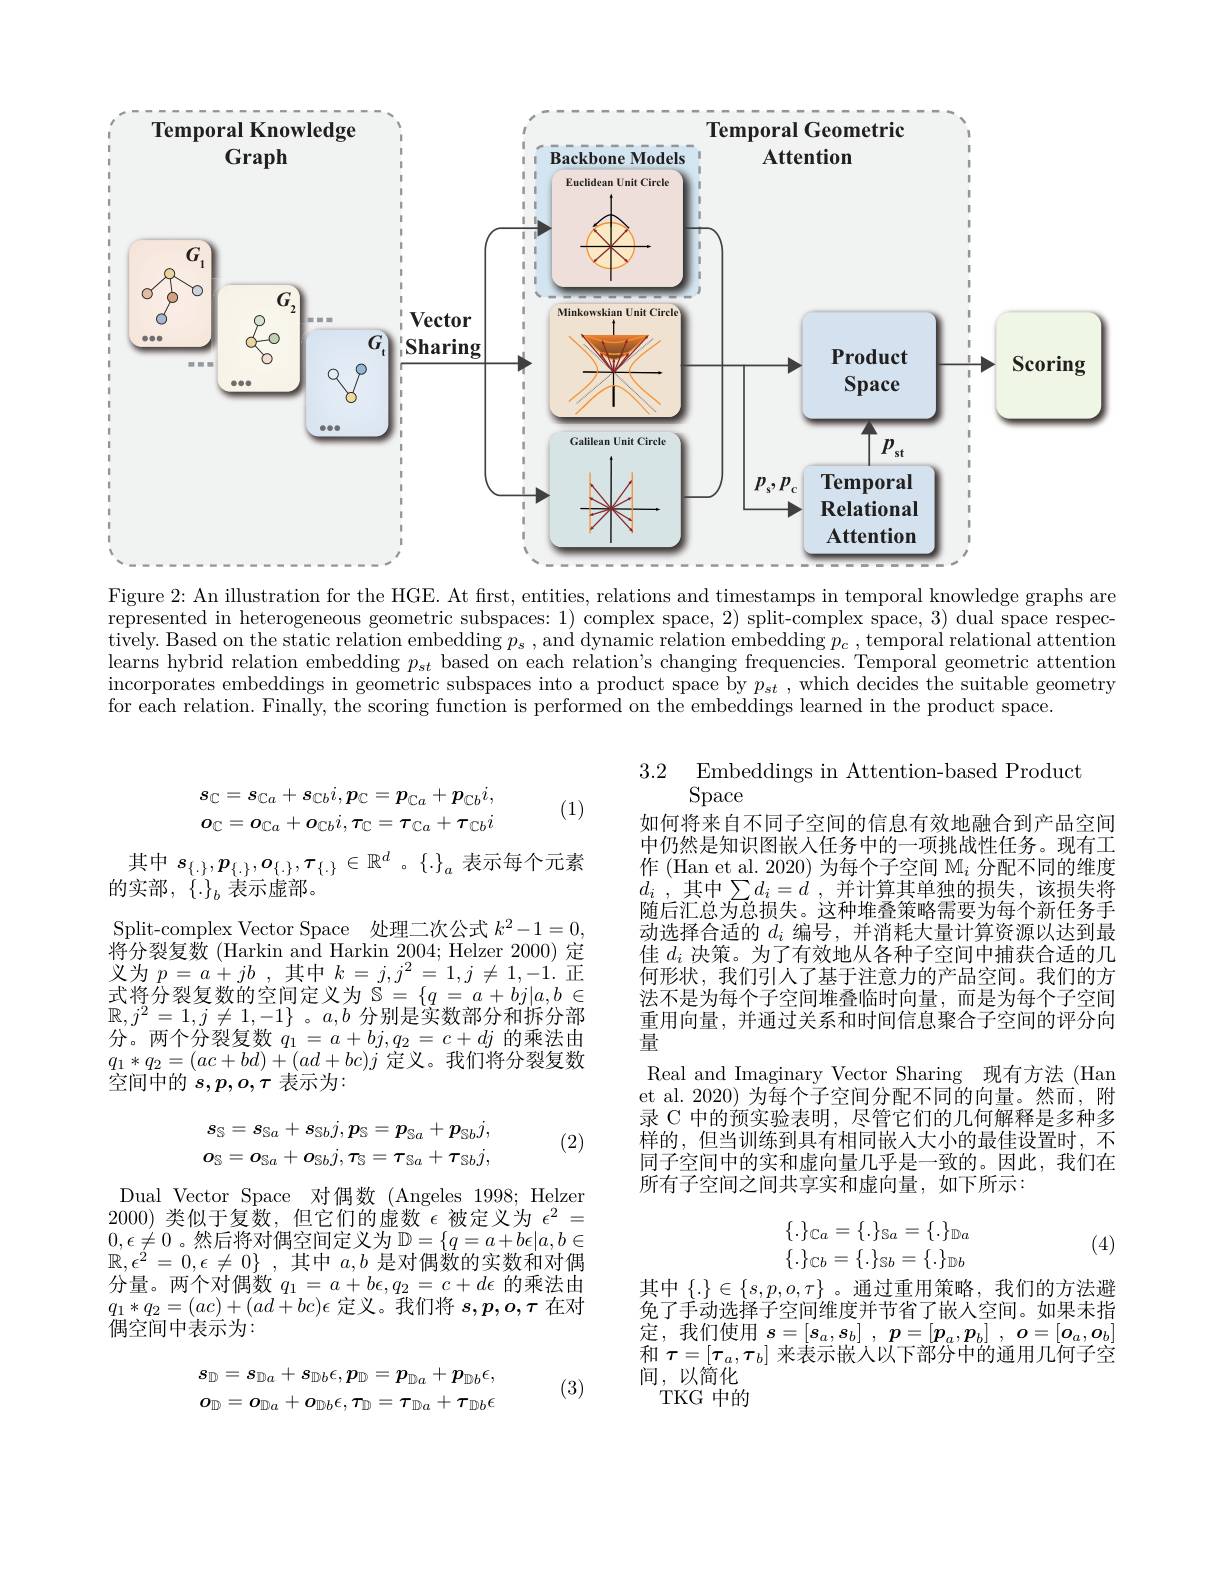
<FigureHere>

Figure 2: An illustration for the HGE. At first, entities, relations and timestamps in temporal knowledge graphs are

represented in heterogeneous geometric subspaces: 1) complex space, 2) split-complex space, 3) dual space respec- $\bar{\text{tively. Based on the static relation embedding }p_s}$,and dynamic relation embedding $p_c$, temporal relational attention learns hybrid relation embedding $p_{st}$ based on each relation's changing frequencies. Temporal geometric attention $\begin{aligned}\text{incorporates embeddings in geometric subspaces into a product space by }p_{st},\mathrm{~which~decides~the~suitable~geometry}\\\text{incorporates embeddings in geometric subspaces into a product space by }p_{st},\mathrm{~which~decides}\mathrm{~the~suitable~geometry}\end{aligned}$ $\bar{\text{for each relation. Finally, the scoring function is performed on the embeddings learned in the product space}}.$
$$s_{\mathbb{C}}=s_{\mathbb{C}a}+s_{\mathbb{C}b}i,p_{\mathbb{C}}=p_{\mathbb{C}a}+p_{\mathbb{C}b}i,\\\boldsymbol{o}_{\mathbb{C}}=\boldsymbol{o}_{\mathbb{C}a}+\boldsymbol{o}_{\mathbb{C}b}i,\boldsymbol{\tau}_{\mathbb{C}}=\boldsymbol{\tau}_{\mathbb{C}a}+\boldsymbol{\tau}_{\mathbb{C}b}i$$
(1)

其中$s_{\{\cdot\}},p_{\{\cdot\}},o_{\{\cdot\}},\tau_{\{\cdot\}}\in\mathbb{R}^d$ 。$\{\cdot\}_a$表示每个元素
的实部，$\{ \cdot \} _b$ 表示虚部。
Split-complex Vector Space 处理二次公式$k^2-1=0$, 将分裂复数 (Harkin and Harkin 2004; Helzer 2000) 定义为$p=a+jb$ ,其中$k=j,j^2=1,j\neq1,-1.$正式将分裂复数的空间定义为$\tilde{\mathbb{S}}=\{q=a+bj|a,b\in$ $\mathbb{R},j^2=1,j\neq1,-1\}~。a,b~$分别是实数部分和拆分部分。两个分裂复数$q_1=a+bj,q_2=c+dj$的乘法由$\begin{array}{l}q_{1}*q_{2}=(ac+bd)+(ad+bc)j\text{ 定义。我们将分裂复数}\\\text{空间中的 }s,p,o,\tau\text{ 表示为：}\end{array}$

$\begin{array}{lll}{3.2}&{\mathrm{Embeddings~in~Attention-based~Product}}\\{\mathrm{Space}}\end{array}$
如何将来自不同子空间的信息有效地融合到产品空间中仍然是知识图嵌人任务中的一项挑战性任务。现有工作 (Han et al. 2020) 为每个子空间$\mathbb{M}_i$分配不同的维度$d_{i}$ , 其中$\sum d_i= d$ , 并计算其单独的损失，该损失将随后汇总为总损失。这种堆叠策略需要为每个新任务手动选择合适的$d_i$编号，并消耗大量计算资源以达到最佳$d_i$决策。为了有效地从各种子空间中捕获合适的几何形状，我们引人了基于注意力的产品空间。我们的方法不是为每个子空间堆叠临时向量，而是为每个子空间重用向量，并通过关系和时间信息聚合子空间的评分向量
Real and Imaginary Vector Sharing 现有方法 (Han et al. 2020) 为每个子空间分配不同的向量。然而，附录 C 中的预实验表明，尽管它们的几何解释是多种多样的，但当训练到具有相同嵌人大小的最佳设置时，不同子空间中的实和虚向量几乎是一致的。因此，我们在所有子空间之间共享实和虚向量，如下所示：

(2)
$$s_{\mathbb{S}}=s_{\mathbb{S}a}+s_{\mathbb{S}b}j,p_{\mathbb{S}}=p_{\mathbb{S}a}+p_{\mathbb{S}b}j,\\o_{\mathbb{S}}=o_{\mathbb{S}a}+o_{\mathbb{S}b}j,\tau_{\mathbb{S}}=\tau_{\mathbb{S}a}+\tau_{\mathbb{S}b}j,$$
$$\begin{array}{c}\{.\}_{\mathbb{C}a}=\{.\}_{\mathbb{S}a}=\{.\}_{\mathbb{D}a}\\\{.\}_{\mathbb{C}b}=\{.\}_{\mathbb{S}b}=\{.\}_{\mathbb{D}b}\end{array}$$
(4)

Dual Vector Space 对偶数 (Angeles 1998; Helzer 2000)类似于复数，但它们的虚数$\epsilon$被定义为$\epsilon^2=$ $0,\epsilon\neq0$。然后将对偶空间定义为$\mathbb{D}=\{q=a+b\epsilon|a,b\in$ $\mathbb{R} , \epsilon ^2= 0, \epsilon \neq 0\}$ ,其中 $a,b$ 是对偶数的实数和对偶分量。两个对偶数$q_1=a+b\epsilon,q_2=c+d\epsilon$的乘法由$q_{1}*q_{2}=(ac)+(ad+bc)\epsilon$定义。我们将$s,p,o,\tau$在对偶空间中表示为：

其中$\{.\}\in\{s,p,o,\tau\}$。通过重用策略，我们的方法避免了手动选择子空间维度并节省了嵌入空间。如果未指定，我们使用$\begin{array}{cc}s=[s_a,s_b]&,&\boldsymbol{p}=[\boldsymbol{p}_a,\boldsymbol{p}_b]\end{array},\boldsymbol{o}=[\boldsymbol{o}_a,\boldsymbol{o}_b]$ 和$\tau=[\tau_a,\tau_b]$来表示嵌人以下部分中的通用几何子空间，以简化TKG中的

(3)
$$s_{\mathbb{D}}=s_{\mathbb{D}a}+s_{\mathbb{D}b}\epsilon,p_{\mathbb{D}}=p_{\mathbb{D}a}+p_{\mathbb{D}b}\epsilon,\\o_{\mathbb{D}}=o_{\mathbb{D}a}+o_{\mathbb{D}b}\epsilon,\tau_{\mathbb{D}}=\tau_{\mathbb{D}a}+\tau_{\mathbb{D}b}\epsilon $$